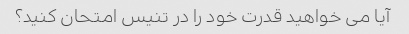
آیا می خواهید قدرت خود را در تنیس امتحان کنید؟